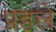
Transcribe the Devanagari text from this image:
प्रहले